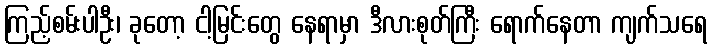
ကြည့်စမ်းပါဦး၊ ခုတော့ ငါ့မြင်းတွေ နေရာမှာ ဒီလားစုတ်ကြီး ရောက်နေတာ ကျက်သရေ